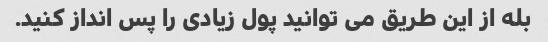
بله از این طریق می توانید پول زیادی را پس انداز کنید.